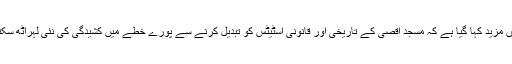
بیان میں مزید کہا گیا ہے کہ مسجد اقصیٰ کے تاریخی اور قانونی اسٹیٹس کو تبدیل کرنے سے پورے خطے میں کشیدگی کی نئی لہراٹھ سکتی ہے۔